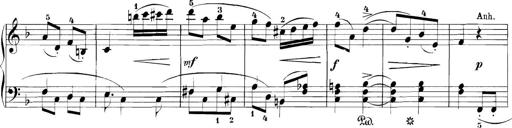
Title: 3 Sonatinas
Composer: Carl Reinecke